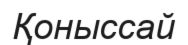
Қоныссай